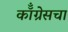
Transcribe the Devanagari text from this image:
कॉँग्रेसचा